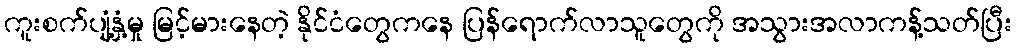
ကူးစက်ပျံ့နှံ့မှု မြင့်မားနေတဲ့ နိုင်ငံတွေကနေ ပြန်ရောက်လာသူတွေကို အသွားအလာကန့်သတ်ပြီး